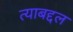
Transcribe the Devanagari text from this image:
त्‍याबद्दल